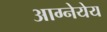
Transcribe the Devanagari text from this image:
आग्नेयेय